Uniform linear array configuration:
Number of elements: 32
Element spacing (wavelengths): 1
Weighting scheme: cosine
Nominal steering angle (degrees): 0
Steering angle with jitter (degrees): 0.3688
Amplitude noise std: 0.05
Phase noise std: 0.05

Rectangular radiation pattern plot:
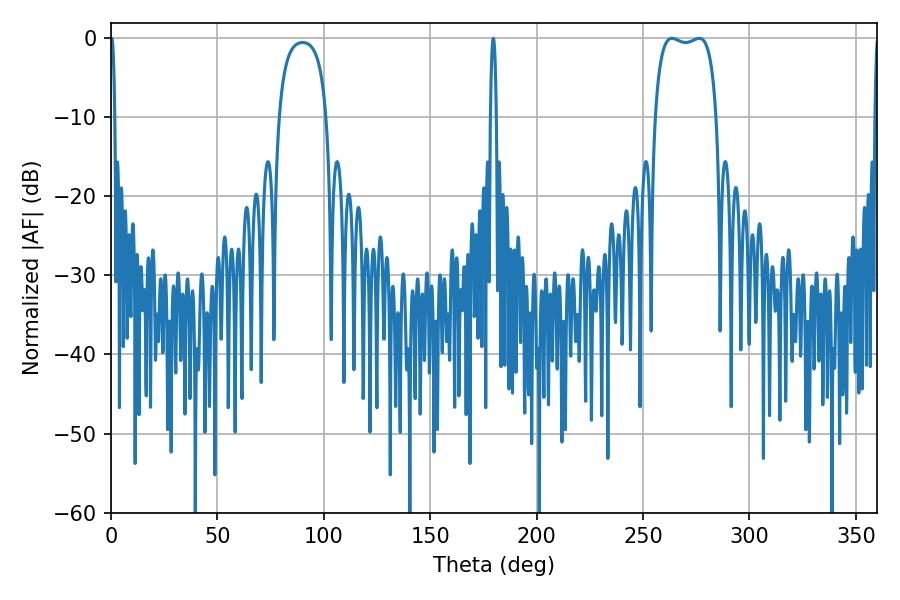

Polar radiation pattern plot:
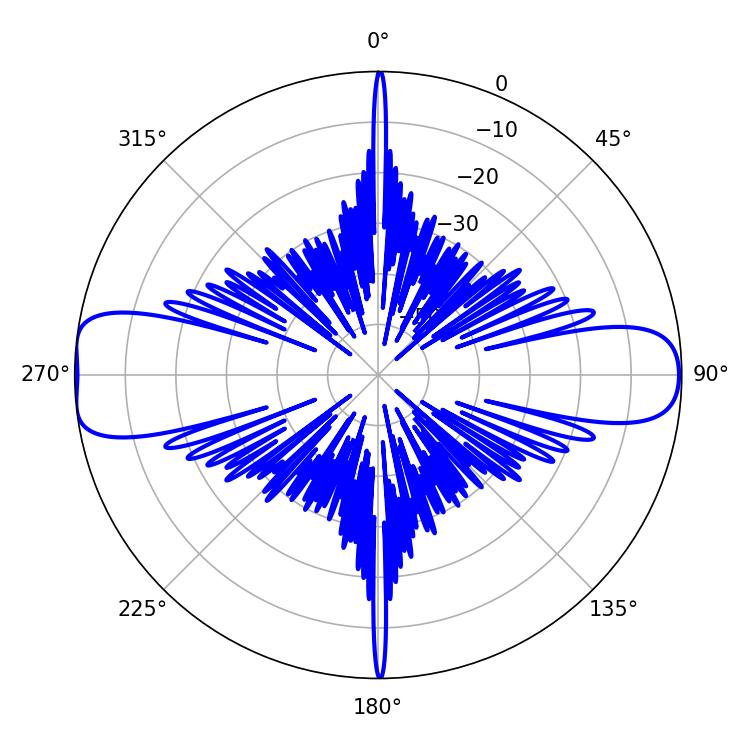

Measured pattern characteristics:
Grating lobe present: TRUE
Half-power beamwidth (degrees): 1.08
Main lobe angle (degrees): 0.36